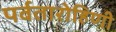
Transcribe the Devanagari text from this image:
पर्वतारोहिणी